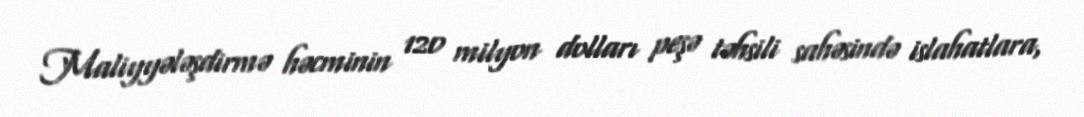
Maliyyələşdirmə həcminin 120 milyon dolları peşə təhsili sahəsində islahatlara,